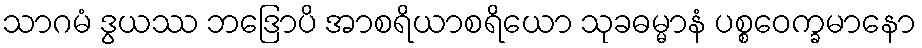
သာဂမံ ဒွယဿ ဘဒြောပိ အာစရိယာစရိယော သုခဓမ္မာနံ ပစ္စဝေက္ခမာနော